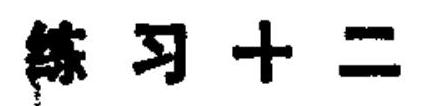
练习十二